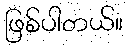
ဖြစ်ပါတယ်။